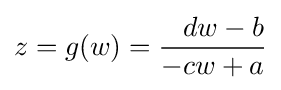
z=g(w)={\frac {{\phantom {+}}dw-b}{-cw+a}}